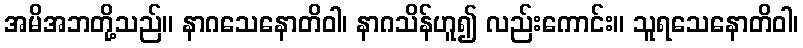
အမိအဘတို့သည်။ နာဂသေနောတိဝါ၊ နာဂသိန်ဟူ၍ လည်းကောင်း။ သူရသေနောတိဝါ၊